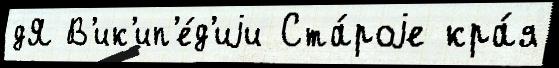
дЯ В'ик'ип'е́д'иjи Ста́роjе кра́я